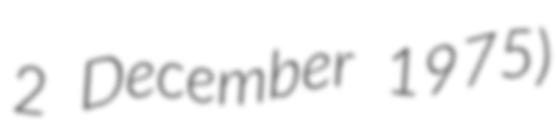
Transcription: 2 December 1975)